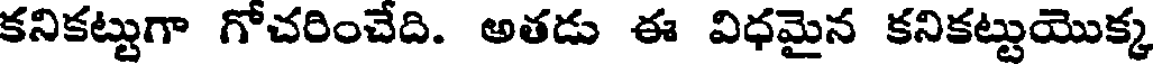
కనికట్టుగా గోచరించేది. అతడు ఈ విధమైన కనికట్టుయొక్క